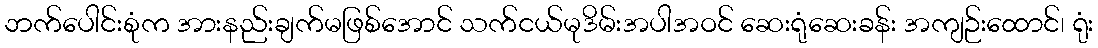
ဘက်ပေါင်းစုံက အားနည်းချက်မဖြစ်အောင် သက်ငယ်မုဒိမ်းအပါအဝင် ဆေးရုံဆေးခန်း အကျဉ်းထောင်၊ ရုံး